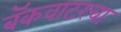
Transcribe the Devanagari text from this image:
बॅकवाटरचा